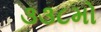
૩૩૮મો